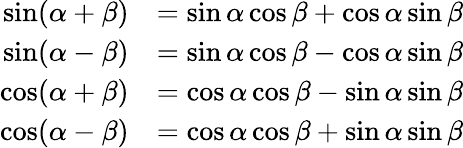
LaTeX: {\begin{array}{rl}{\sin(\alpha+\beta)}&{=\sin\alpha\cos\beta+\cos\alpha\sin\beta}\\ {\sin(\alpha-\beta)}&{=\sin\alpha\cos\beta-\cos\alpha\sin\beta}\\ {\cos(\alpha+\beta)}&{=\cos\alpha\cos\beta-\sin\alpha\sin\beta}\\ {\cos(\alpha-\beta)}&{=\cos\alpha\cos\beta+\sin\alpha\sin\beta}\end{array}}